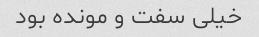
خیلی سفت و مونده بود